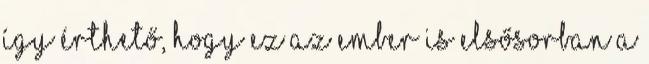
Így érthető, hogy ez az ember is elsősorban a